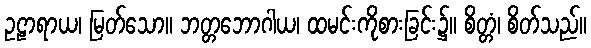
ဥဠာရာယ၊ မြတ်သော။ ဘတ္တဘောဂါယ၊ ထမင်းကိုစားခြင်း၌။ စိတ္တံ၊ စိတ်သည်။